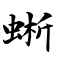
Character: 蜥